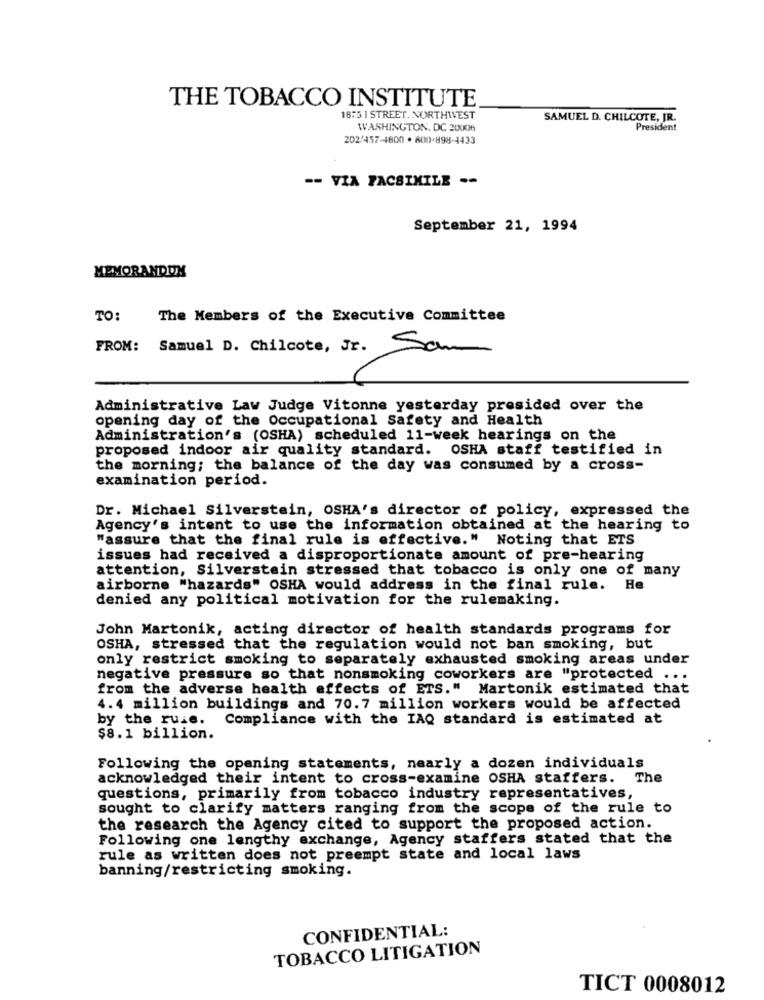
THE TOBACCO INSTITUTE
1875 I STREET. NORTHWEST
SAMUEL D. CHILCOTE, JR.
WASHINGTON, DC 20006
President
202/457-4800 . 800-898-4433
-- VZA FACSIMILE --
September 21, 1994
MEMORANDOX
TO:
The Members of the Executive Committee
FROM: Samuel D. Chilcote, Jr. Sam
Administrative Law Judge Vitonne yesterday presided over the
opening day of the Occupational Safety and Health
Administration's (OSHA) scheduled 11-week hearings on the
proposed indoor air quality standard. OSHA staff testified in
the morning; the balance of the day was consumed by a cross-
examination period.
Dr. Michael Silverstein, OSHA's director of policy, expressed the
Agency's intent to use the information obtained at the hearing to
"assure that the final rule is effective." Noting that ETS
issues had received a disproportionate amount of pre-hearing
attention, Silverstein stressed that tobacco is only one of many
airborne "hazards" OSHA would address in the final rule. He
denied any political motivation for the rulemaking.
John Martonik, acting director of health standards programs for
OSHA, stressed that the regulation would not ban smoking, but
only restrict smoking to separately exhausted smoking areas under
negative pressure so that nonsmoking coworkers are "protected ...
from the adverse health effects of ETS." Martonik estimated that
4.4 million buildings and 70.7 million workers would be affected
by the rule. Compliance with the IAQ standard is estimated at
$8.1 billion.
Following the opening statements, nearly a dozen individuals
acknowledged their intent to cross-examine OSHA staffers. The
questions, primarily from tobacco industry representatives,
sought to clarify matters ranging from the scope of the rule to
the research the Agency cited to support the proposed action.
Following one lengthy exchange, Agency staffers stated that the
rule as written does not preempt state and local laws
banning/restricting smoking.
CONFIDENTIAL:
TOBACCO LITIGATION
TICT 0008012